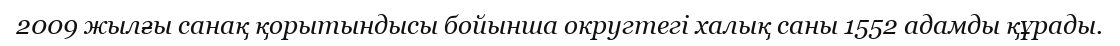
2009 жылғы санақ қорытындысы бойынша округтегі халық саны 1552 адамды құрады.